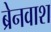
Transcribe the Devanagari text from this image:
ब्रेनवाश